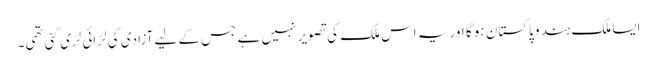
ایسا ملک ہندو پاکستان ہو گا اور یہ اس ملک کی تصویر نہیں ہے جس کے لیے آزادی کی لڑائی لڑی گئی تھی۔